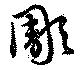
彫